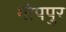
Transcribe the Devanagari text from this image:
गोपपुर